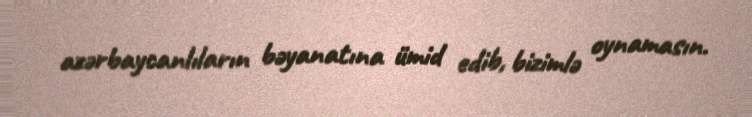
azərbaycanlıların bəyanatına ümid edib, bizimlə oynamasın.